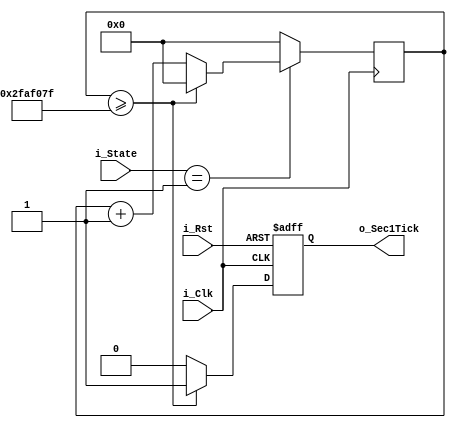
module Gen_Sec1Tick(i_Clk, i_Rst, i_State, o_Sec1Tick);
    
input i_Clk;//50MHz
input i_Rst;
input [2:0] i_State;
output reg o_Sec1Tick;

// Parameters
parameter Sec1_Cnt = 26'd50_000_000-26'd1; 
//parameter Sec1_Cnt = 26'd100-26'd1;

parameter state_idle = 3'b000;
parameter state_game_start = 3'b001;
parameter state_game_clear = 3'b010;
parameter state_game_fail = 3'b011;

// Registers
reg [25:0] Clk_Cnt=0;

always @ (posedge i_Clk) begin
    if(i_State == state_game_start) begin
        if(Clk_Cnt >= Sec1_Cnt) Clk_Cnt <= 0;
        else Clk_Cnt <= Clk_Cnt + 26'd1;
    end
    else Clk_Cnt <= 0;
end

always @ (posedge i_Clk or negedge i_Rst) begin
    if(~i_Rst) o_Sec1Tick <= 1'b0;
    else begin
        if(Clk_Cnt >= Sec1_Cnt) o_Sec1Tick <= 1'b1;
        else o_Sec1Tick <= 1'b0;
    end
end

endmodule